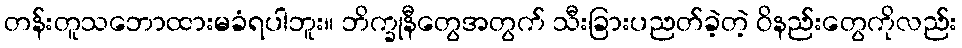
တန်းတူသဘောထားမခံရပါဘူး။ ဘိက္ခုနီတွေအတွက် သီးခြားပညတ်ခဲ့တဲ့ ဝိနည်းတွေကိုလည်း